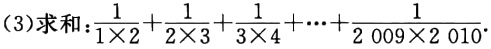
(3)求和：\(\frac{1}{1\times2}+\frac{1}{2\times3}+\frac{1}{3\times4}+\cdots+\frac{1}{2009\times2010}\)